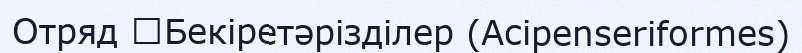
Отряд 	Бекіретәрізділер (Acipenseriformes)